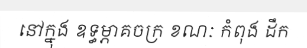
នៅក្នុង ឧទ្ធម្ភាគចក្រ ខណៈ កំពុង ដឹក